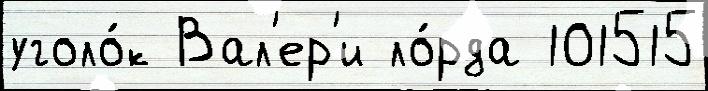
уголо́к Вал'ер'и ло́рда 101515